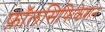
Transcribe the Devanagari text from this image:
फ़ॉलसिफिकेशन